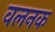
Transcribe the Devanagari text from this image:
वलनक